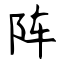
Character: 阵